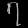
Digit: ၇